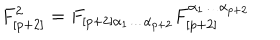
F _ { [ p + 2 ] } ^ { 2 } = F _ { \left[ p + 2 \right] \alpha _ { 1 } \dots \alpha _ { p + 2 } } F _ { [ p + 2 ] } ^ { \alpha _ { 1 } \dots \alpha _ { p + 2 } }